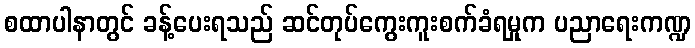
စထာပါနာတွင် ခန့်ပေးရသည် ဆင်တုပ်ကွေးကူးစက်ခံရမှုက ပညာရေးကဏ္ဍ